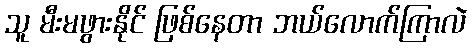
သူ မီးမဖွားနိုင် ဖြစ်နေတာ ဘယ်လောက်ကြာလဲ